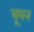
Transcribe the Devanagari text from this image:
चूमन